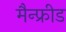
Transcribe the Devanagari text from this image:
मैन्फ्रीड